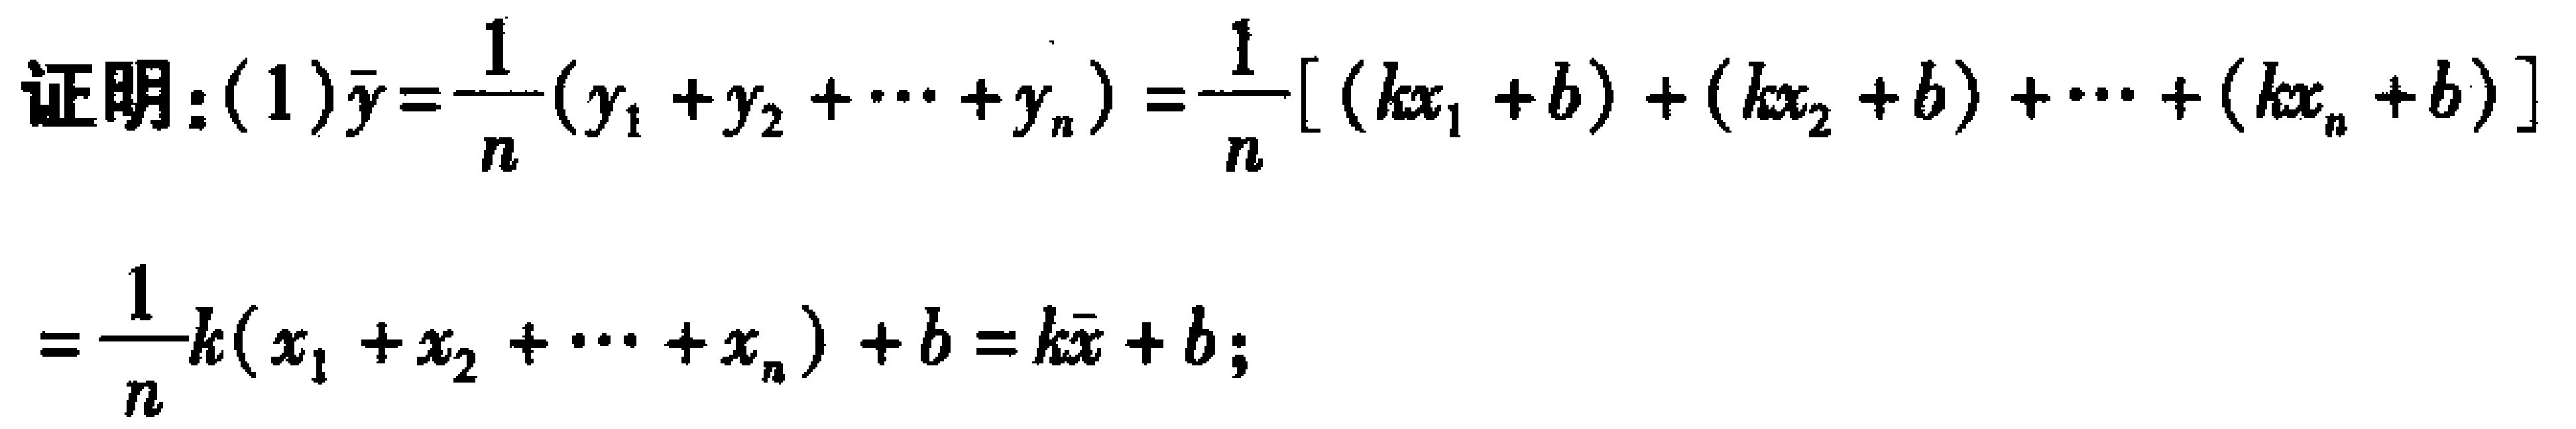
证明：(1)$\bar{y}=\frac{1}{n}(y_1 + y_2 + \cdots + y_n)=\frac{1}{n}[(kx_1 + b)+(kx_2 + b)+\cdots+(kx_n + b)]$

$=\frac{1}{n}k(x_1 + x_2 + \cdots + x_n)+b=k\bar{x}+b$;